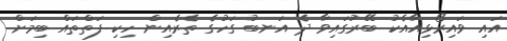
އައި ވައިރޯޅިއާއެކު ބޭރުގައިވާ ދެ އަނބު ގަހުގެ ތެރެއިން ހިކި ފަތްތައް ބިމަށް